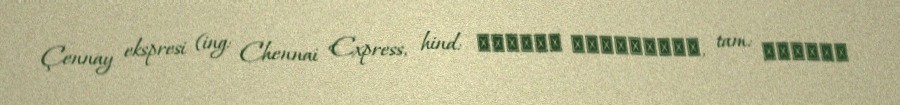
Çennay ekspresi (ing: Chennai Express, hind: चेन्नई एक्सप्रेस, tam: சென்னை